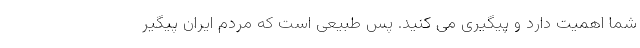
شما اهمیت دارد و پیگیری می کنید. پس طبیعی است که مردم ایران پیگیر